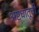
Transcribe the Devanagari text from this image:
अष्टधातूची